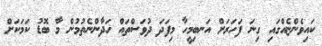
ކައިވެންޏެއްގައި ގިނަ ފަހަރަށް އަނބިމީހާ މިފަދަ ދުވަސްތައް ހަދާންނެތުމުން މާ ބޮޑު ކަމަކަށް